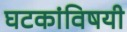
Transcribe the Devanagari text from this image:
घटकांविषयी